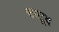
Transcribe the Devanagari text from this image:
सालूद